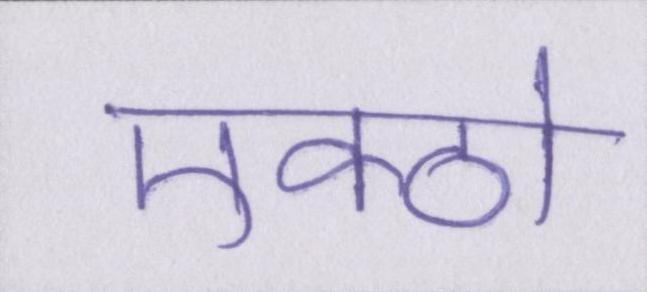
एक्ठो